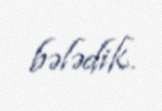
bələdik.